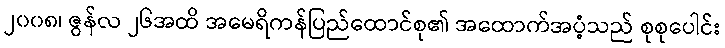
၂၀၀၈၊ ဇွန်လ ၂၆အထိ အမေရိကန်ပြည်ထောင်စု၏ အထောက်အပံ့သည် စုစုပေါင်း